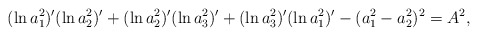
\begin{align*}(\ln a_1^2)^{\prime} (\ln a_2^2)^{\prime}+ (\ln a_2^2)^{\prime} (\ln a_3^2)^{\prime}+ (\ln a_3^2)^{\prime} (\ln a_1^2)^{\prime}-(a_1^2-a_2^2)^2=A^2, \end{align*}